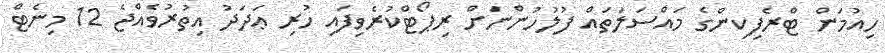
ހިއުމަން ޓްރެފިކިންގެ މައްސަލަތައް ފުލުހުންނަށް ރިޕޯޓްކުރެވިފައި ހުރި ޢަދަދު އިތުރުވެއްޖެ 12 މިނެޓް